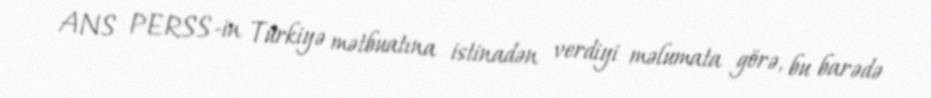
ANS PERSS-in Türkiyə mətbuatına istinadən verdiyi məlumata görə, bu barədə